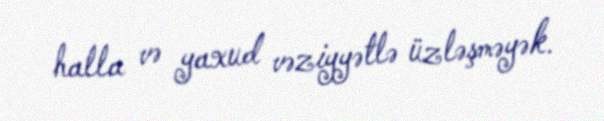
halla və yaxud vəziyyətlə üzləşməyək.